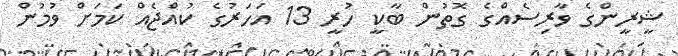
ޝީރީންގެ ވާރިސެއްގެ ގޮތުން ބާކީ ހުރީ 13 އަހަރުގެ ކުއްޖެއް ކަމަށް ވުމުން